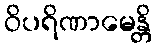
ဝိပရိဏာမေန္တိ